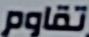
تقاوم